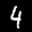
Label: 4